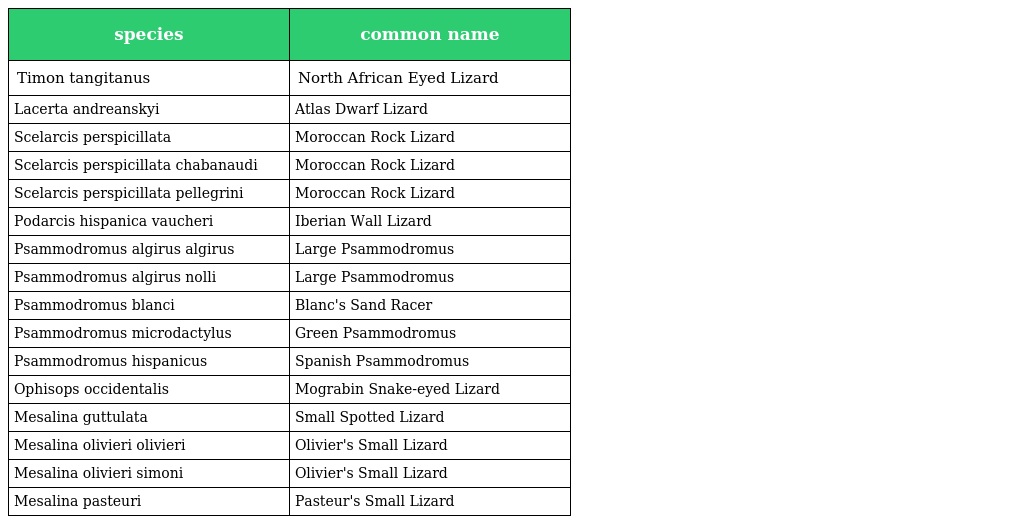
| species | common name |
 | --- | --- |
 | Timon tangitanus | North African Eyed Lizard |
 | Lacerta andreanskyi | Atlas Dwarf Lizard |
 | Scelarcis perspicillata | Moroccan Rock Lizard |
 | Scelarcis perspicillata chabanaudi | Moroccan Rock Lizard |
 | Scelarcis perspicillata pellegrini | Moroccan Rock Lizard |
 | Podarcis hispanica vaucheri | Iberian Wall Lizard |
 | Psammodromus algirus algirus | Large Psammodromus |
 | Psammodromus algirus nolli | Large Psammodromus |
 | Psammodromus blanci | Blanc's Sand Racer |
 | Psammodromus microdactylus | Green Psammodromus |
 | Psammodromus hispanicus | Spanish Psammodromus |
 | Ophisops occidentalis | Mograbin Snake-eyed Lizard |
 | Mesalina guttulata | Small Spotted Lizard |
 | Mesalina olivieri olivieri | Olivier's Small Lizard |
 | Mesalina olivieri simoni | Olivier's Small Lizard |
 | Mesalina pasteuri | Pasteur's Small Lizard |